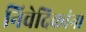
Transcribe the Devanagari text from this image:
निवेदिकांना